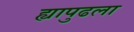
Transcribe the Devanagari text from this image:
ह्यापुढला